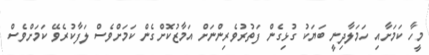
މީހާ ކަމަށާއި ހަމަލާދިނީ ބަޔަކު ގުޅިގެން ފަތުރުވެރިންނަށް އަމާޒުކޮށްގެން ކަމަށްވެސް ލަފާކުރެވޭ ކަމަށްވެސް